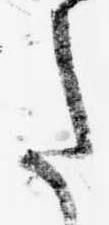
た